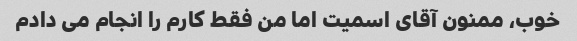
خوب، ممنون آقای اسمیت اما من فقط کارم را انجام می دادم